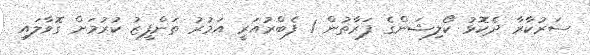
ސަރުކާރާ ދެކޮޅު ކޯލިޝަންގެ ފަރާތުން 1 ފެބްރުއަރީ އަމުރު ތަންފީޒު ކުރުމަށް ގޮވާލައި